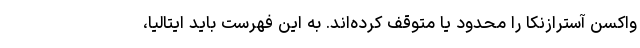
واکسن آسترازنکا را محدود یا متوقف کرده‌اند. به این فهرست باید ایتالیا،